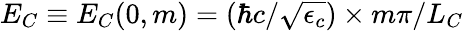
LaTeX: E_{C}\equiv E_{C}(0,m)=(\hbar c/\sqrt{\epsilon_{c}})\times m\pi/L_{C}